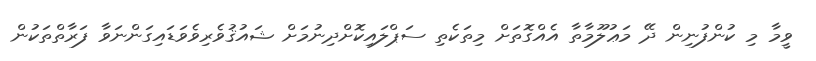
ވީމާ މި ކުންފުނިން ދޭ މަޢުލޫމާތާ އެއްގޮތަށް މިތަކެތި ސަޕްލައިކޮށްދިނުމަށް ޝައުޤުވެރިވެވަޑައިގަންނަވާ ފަރާތްތަކުން